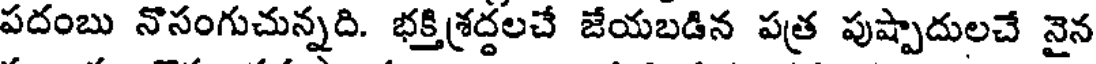
పదంబు నొసంగుచున్నది. భక్తిశ్రద్దలచే జేయబడిన పత్ర పుష్పాదులచే నైన